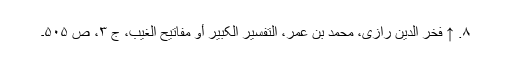
۸. ↑ فخر الدین رازی، محمد بن عمر، التفسیر الکبیر أو مفاتیح الغیب، ج ۳، ص ۵۰۵۔